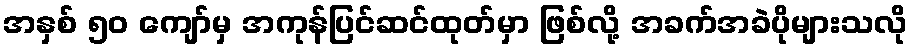
အနှစ် ၅၀ ကျော်မှ အကုန်ပြင်ဆင်ထုတ်မှာ ဖြစ်လို့ အခက်အခဲပိုများသလို